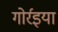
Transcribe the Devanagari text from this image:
गोर्रइया